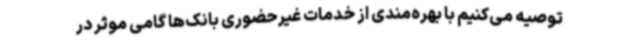
توصیه می‌کنیم با بهره‌مندی از خدمات غیرحضوری بانک‌ها گامی موثر در